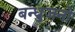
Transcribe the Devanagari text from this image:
बन्धुजनो